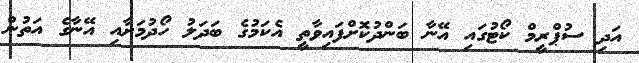
އަދި ސުޕްރީމް ކޯޓުގައި އޭނާ ބަންދުކޮށްފައިވާތީ އެކަމުގެ ބަދަލު ހޯދުމަށާއި އޭނާގެ އަތުން